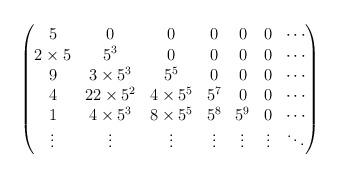
LaTeX: \begin{align*}\begin{pmatrix}5 &0 &0 &0 &0 &0 &\cdots\\ 2\times5 &5^{3} &0 &0 &0 &0 &\cdots\\ 9 &3\times5^{3} &5^{5} &0 &0 &0 &\cdots\\ 4 &22\times5^{2} &4\times5^{5} &5^{7} &0 &0 &\cdots\\ 1 &4\times5^{3} &8\times5^{5} &5^{8} &5^{9} &0 &\cdots\\ \vdots &\vdots &\vdots &\vdots &\vdots &\vdots &\ddots\end{pmatrix}\end{align*}